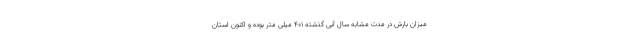
میزان بارش در مدت مشابه سال آبی گذشته ۴۰۱ میلی متر بوده و اکنون استان